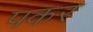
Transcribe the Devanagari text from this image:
पकर